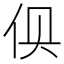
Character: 𰁬